Indian journal of veterinary science and animal husbandry - Volume 4,
Year: 1934
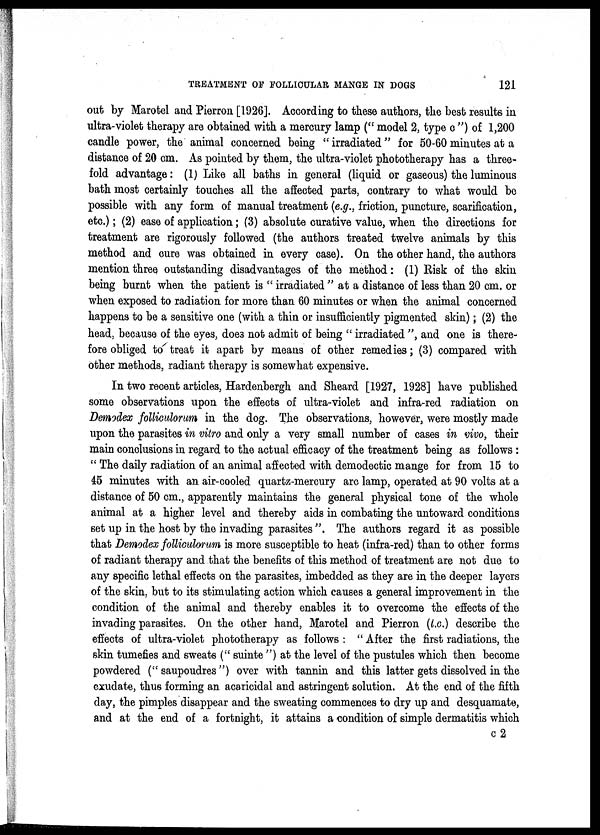
TREATMENT OF FOLLICULAR MANGE IN DOGS
121
out by Marotel and Pierron [1926]. According to these authors, the best results in
ultra-violet therapy are obtained with a mercury lamp (" model 2, type c ") of 1,200
candle power, the animal concerned being " irradiated" for 50-60 minutes at a
distance of 20 cm. As pointed by them, the ultra-violet phototherapy has a three-
fold advantage: (1) Like all baths in general (liquid or gaseous) the luminous
bath most certainly touches all the affected parts, contrary to what would be
possible with any form of manual treatment (e.g., friction, puncture, scarification,
etc.); (2) ease of application; (3) absolute curative value, when the directions for
treatment are rigorously followed (the authors treated twelve animals by this
method and cure was obtained in every case). On the other hand, the authors
mention three outstanding disadvantages of the method: (1) Risk of the skin
being burnt when the patient is " irradiated " at a distance of less than 20 cm. or
when exposed to radiation for more than 60 minutes or when the animal concerned
happens to be a sensitive one (with a thin or insufficiently pigmented skin); (2) the
head, because of the eyes, does not admit of being " irradiated ", and one is there-
fore obliged to treat it apart by means of other remedies; (3) compared with
other methods, radiant therapy is somewhat expensive.
In two recent articles, Hardenbergh and Sheard [1927, 1928] have published
some observations upon the effects of ultra-violet and infra-red radiation on
Demodex folliculorum in the dog. The observations, however, were mostly made
upon the parasites in vitro and only a very small number of cases in vivo, their
main conclusions in regard to the actual efficacy of the treatment being as follows :
" The daily radiation of an animal affected with demodectic mange for from 15 to
45 minutes with an air-cooled quartz-mercury are lamp, operated at 90 volts at a
distance of 50 cm., apparently maintains the general physical tone of the whole
animal at a higher level and thereby aids in combating the untoward conditions
set up in the host by the invading parasites". The authors regard it as possible
that Demodex folliculorum is more susceptible to heat (infra-red) than to other forms
of radiant therapy and that the benefits of this method of treatment are not due to
any specific lethal effects on the parasites, imbedded as they are in the deeper layers
of the skin, but to its stimulating action which causes a general improvement in the
condition of the animal and thereby enables it to overcome the effects of the
invading parasites. On the other hand, Marotel and Pierron (l.c.) describe the
effects of ultra-violet phototherapy as follows : " After the first radiations, the
skin tumefies and sweats (" suinte ") at the level of the pustules which then become
powdered (" saupoudres") over with tannin and this latter gets dissolved in the
exudate, thus forming an acaricidal and astringent solution. At the end of the fifth
day, the pimples disappear and the sweating commences to dry up and desquamate,
and at the end of a fortnight, it attains a condition of simple dermatitis which
c2